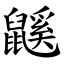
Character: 鼷